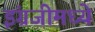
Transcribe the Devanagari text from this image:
इंग्रजीमध्‍ये